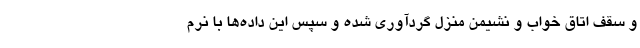
و سقف اتاق خواب و نشیمن منزل گردآوری شده و سپس این داده‌ها با نرم